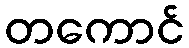
တကောင်